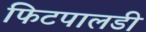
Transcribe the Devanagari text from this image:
फिटपालडी